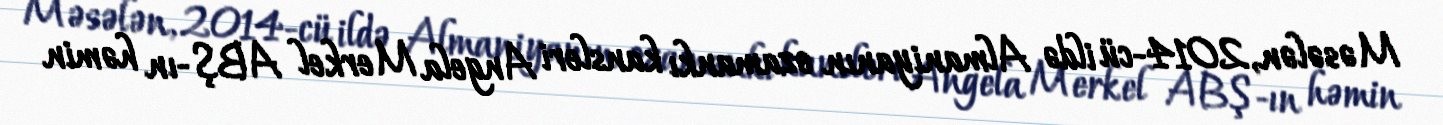
Məsələn, 2014-cü ildə Almaniyanın ozamankı kansleri Angela Merkel ABŞ-ın həmin